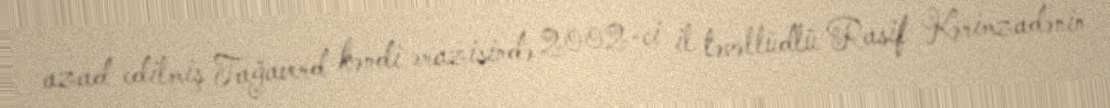
azad edilmiş Tağaverd kəndi ərazisində 2002-ci il təvəllüdlü Rasif Kərimzadənin